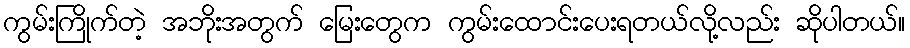
ကွမ်းကြိုက်တဲ့ အဘိုးအတွက် မြေးတွေက ကွမ်းထောင်းပေးရတယ်လို့လည်း ဆိုပါတယ်။